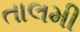
તાલમી